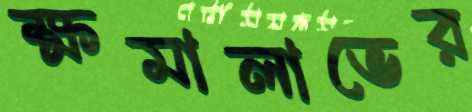
ক্ষমালাভের